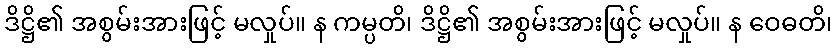
ဒိဋ္ဌိ၏ အစွမ်းအားဖြင့် မလှုပ်။ န ကမ္ပတိ၊ ဒိဋ္ဌိ၏ အစွမ်းအားဖြင့် မလှုပ်။ န ဝေဓတိ၊